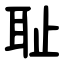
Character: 耻